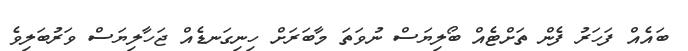
ބައެއް ފަހަރު ފެން ތަށްޓެއް ބޯލިޔަސް ނުވަތަ މާބަރަށް ހިނިގަނޑެއް ޖަހާލިޔަސް ވަރުބަލިވެ